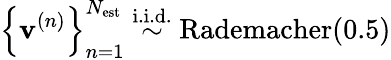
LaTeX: \left\{ {\mathbf{v}}^{(n)}\right\} _{n=1}^{N_{\mathrm{est}}}\overset{\mathrm{i.i.d.}}{\sim}\mathrm{Rademacher}(0.5)